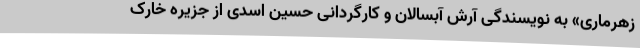
زهرماری» به نویسندگی آرش آبسالان و کارگردانی حسین اسدی از جزیره خارک